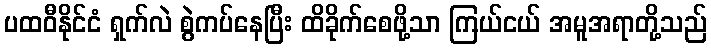
ပထဝီနိုင်ငံ ရှက်လဲ စွဲကပ်နေပြီး ထိခိုက်စေဖို့သာ ကြယ်ငယ် အမူအရာတို့သည်